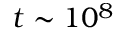
t \sim 1 0 ^ { 8 }